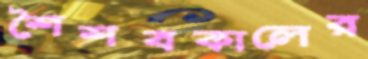
শৈশবকালের